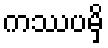
ကဿပမှိ